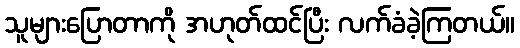
သူများပြောတာကို အဟုတ်ထင်ပြီး လက်ခံခဲ့ကြတယ်။